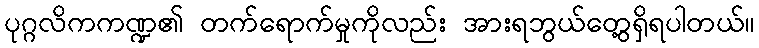
ပုဂ္ဂလိကကဏ္ဍ၏ တက်ရောက်မှုကိုလည်း အားရဘွယ်တွေ့ရှိရပါတယ်။